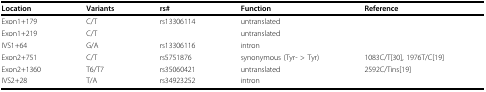
<table><thead><tr><td><b>Location</b></td><td><b>Variants</b></td><td><b>rs#</b></td><td><b>Function</b></td><td><b>Reference</b></td></tr></thead><tbody><tr><td>Exon1+179</td><td>C/T</td><td>rs13306114</td><td>untranslated</td><td>[EMPTY_CELL]</td></tr><tr><td>Exon1+219</td><td>C/T</td><td>[EMPTY_CELL]</td><td>untranslated</td><td>[EMPTY_CELL]</td></tr><tr><td>IVS1+64</td><td>G/A</td><td>rs13306116</td><td>intron</td><td>[EMPTY_CELL]</td></tr><tr><td>Exon2+751</td><td>C/T</td><td>rs5751876</td><td>synonymous (Tyr- &gt; Tyr)</td><td>1083C/T[30], 1976T/C[19]</td></tr><tr><td>Exon2+1360</td><td>T6/T7</td><td>rs35060421</td><td>untranslated</td><td>2592C/Tins[19]</td></tr><tr><td>IVS2+28</td><td>T/A</td><td>rs34923252</td><td>intron</td><td>[EMPTY_CELL]</td></tr></tbody></table>